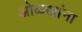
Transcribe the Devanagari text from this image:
ओळखांना